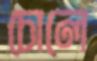
চোলে